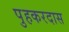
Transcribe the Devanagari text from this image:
पुहकरदास